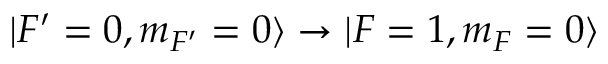
| F ^ { \prime } = 0 , m _ { F ^ { \prime } } = 0 \rangle \rightarrow | F = 1 , m _ { F } = 0 \rangle